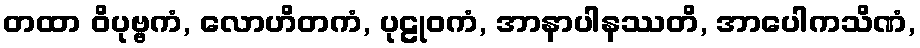
တထာ ဝိပုဗ္ဗကံ, လောဟိတကံ, ပုဠုဝကံ, အာနာပါနဿတိ, အာပေါကသိဏံ,